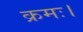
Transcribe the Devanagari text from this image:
क्रमः।